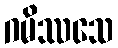
ဂမိဿသေ